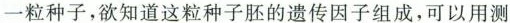
一粒种子，欲知道这粒种子胚的遗传因子组成，可以用测